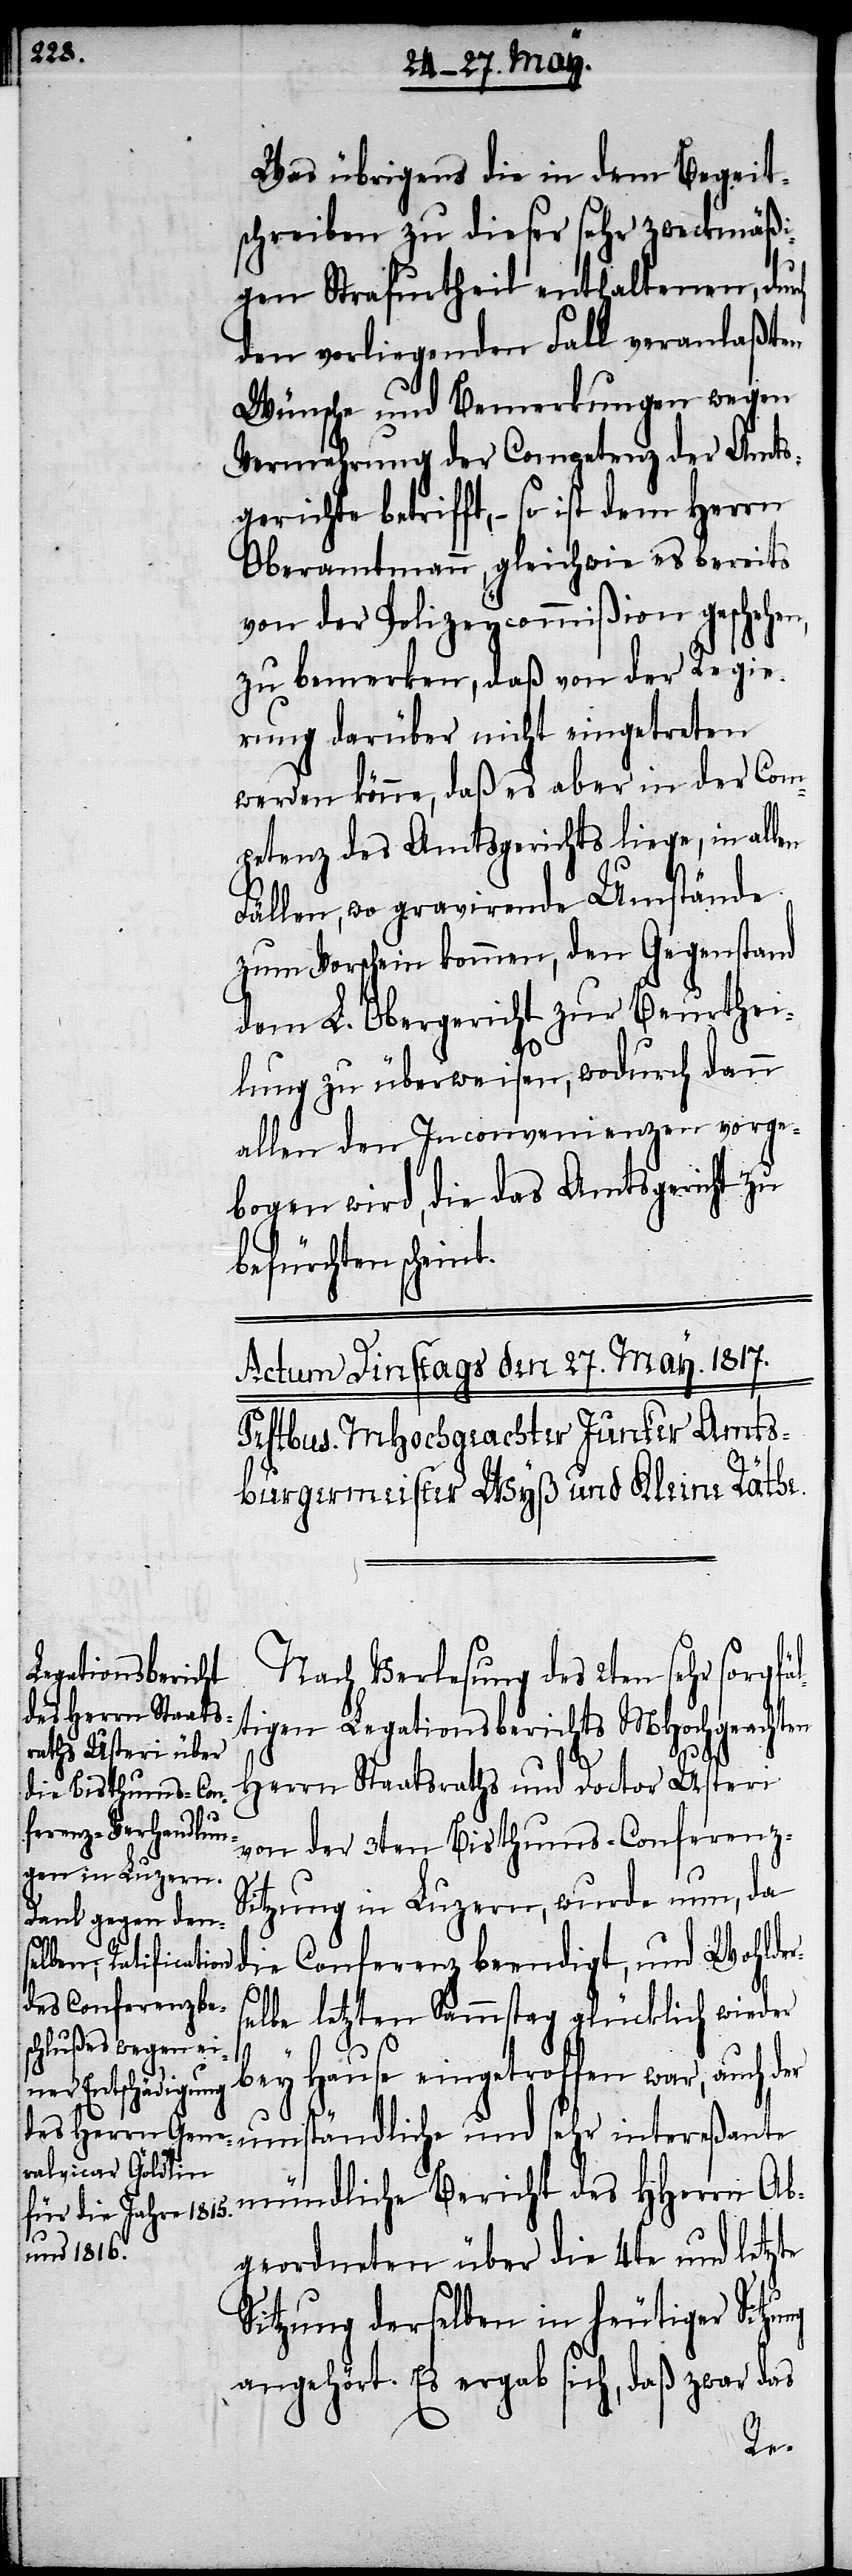
Was übrigens die in dem Beg[l]eit¬
schreiben zu dieser sehr zweckmäßi¬
gen Strafurtheil enthaltenen, dur¬
den vorliegenden Fall veranlaßten
Wünsche und Bemerkungen wegen
Vermehrung der Competenz der Amts¬
gerichte betrifft, – so ist dem Herrn
Oberamtmann, gleichwie es bereits
von der Polizeycommißion geschehen,
zu bemerken, daß von der Regie¬
rung darüber nicht eingetreten
werden könne, daß es aber in der Com¬
petenz des Amtsgerichts liege, in al¬
Fällen, wo gravirende Umstände
zum Vorschein kommen, den Gegenstand
dem L. Obergericht zur Beurthei¬
lung zu überweisen, wodurch dann
allen den Inconvenienzen vorge¬
bogen wird, die das Amtsgericht zu
befürchten scheint.
ereßante
Nach Verlesung des 2ten
ltigen Legationsberichts MHochgeachten
Herrn Staatsraths und Doctor Usteri
von der 3ten Bisthums-Conferenz-S¬
itzung in Luzern, wurde nun, da
die Conferenz beendigt, und Wohlder¬
selbe letzten Sammstags glücklich wieder
bey Hause eingetroffen war, auch der
umständliche und
mündliche Bericht des HHerrn Ab¬
ch
geordneten über die 4te und letzte
Sitzung derselben in heutiger Sitz¬
angehört. Es ergab sich, daß zwar das
ung